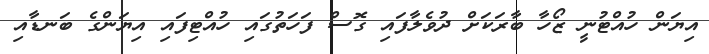
އިޔަން ހުއްޓުނީ ޒޯހާ ބާރަކަށް ދުވެލާފައި ގޮސް ފަހަތުގައި ހުއްޓިފައި އިޔަންގެ ބަނޑާއި